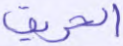
الحريق